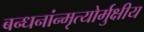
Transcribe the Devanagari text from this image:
बन्धनांन्मृत्योर्मुक्षीय